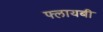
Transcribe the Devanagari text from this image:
फ्लायबी